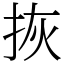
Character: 拻